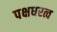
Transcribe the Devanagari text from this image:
पक्षधरत्व